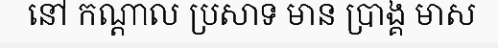
នៅ កណ្តាល ប្រសាទ មាន ប្រាង្គ មាស